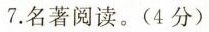
7. 名著阅读。(4分)